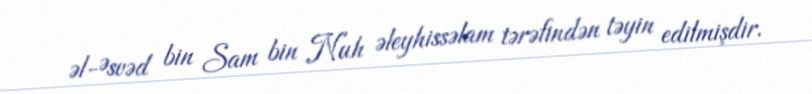
əl-Əsvəd bin Sam bin Nuh əleyhissəlam tərəfindən təyin edilmişdir.